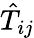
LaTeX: \hat{T}_{ij}